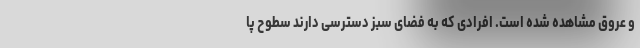
و عروق مشاهده شده است. افرادی که به فضای سبز دسترسی دارند سطوح پا